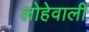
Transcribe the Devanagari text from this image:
लोहेवाली